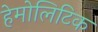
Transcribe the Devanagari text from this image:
हेमोलिटिक